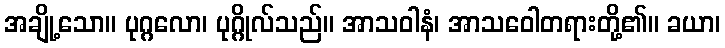
အချို့သော။ ပုဂ္ဂလော၊ ပုဂ္ဂိုလ်သည်။ အာသဝါနံ၊ အာသဝေါတရားတို့၏။ ခယာ၊